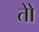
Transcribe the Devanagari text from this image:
तोे